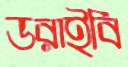
ডরাইবি